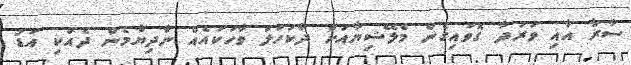
ސާރާ އާއި ވަރުދާ ގޮވައިގެން މެލޭޝިޔާއަށް ދާކަހަލަ ވާހަކައެއް ނާދިޔާމެން ދެއްކި އަޑު